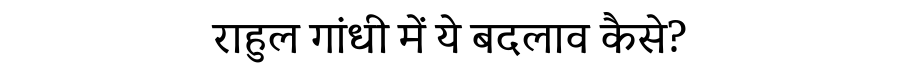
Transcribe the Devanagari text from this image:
राहुल गांधी में ये बदलाव कैसे?